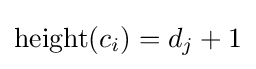
\operatorname {height} (c_{i})=d_{j}+1